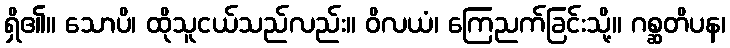
ရှိ၏။ သောပိ၊ ထိုသူငယ်သည်လည်း။ ဝိလယံ၊ ကြေညက်ခြင်းသို့။ ဂစ္ဆတိပန၊